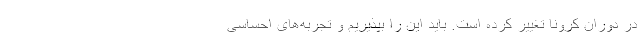
در دوران کرونا تغییر کرده است. باید این را بپذیریم و تجربه‌های احساسی